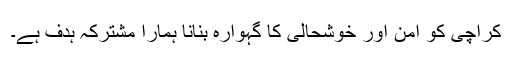
کراچی کو امن اور خوشحالی کا گہوارہ بنانا ہمارا مشترکہ ہدف ہے۔